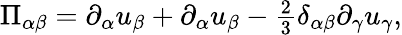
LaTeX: \begin{array}{r}{\Pi_{\alpha\beta}={\partial_{\alpha}u_{\beta}+\partial_{\alpha}u_{\beta}}-\frac{2}{3}\delta_{\alpha\beta}\partial_{\gamma}u_{\gamma},}\end{array}